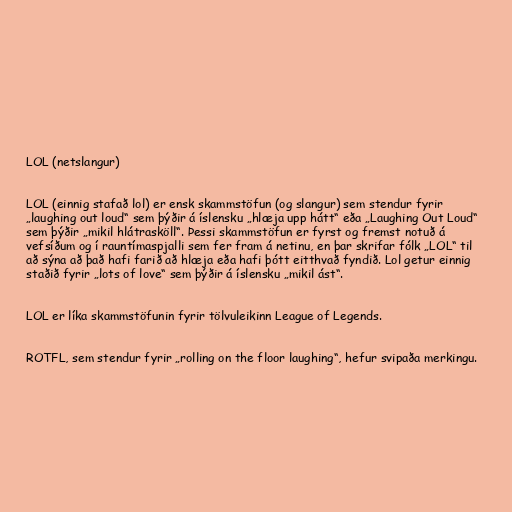
LOL (netslangur)

LOL (einnig stafað lol) er ensk skammstöfun (og slangur) sem stendur fyrir
„laughing out loud“ sem þýðir á íslensku „hlæja upp hátt“ eða „Laughing Out Loud“
sem þýðir „mikil hlátrasköll“. Þessi skammstöfun er fyrst og fremst notuð á
vefsíðum og í rauntímaspjalli sem fer fram á netinu, en þar skrifar fólk „LOL“ til
að sýna að það hafi farið að hlæja eða hafi þótt eitthvað fyndið. Lol getur einnig
staðið fyrir „lots of love“ sem þýðir á íslensku „mikil ást“.

LOL er líka skammstöfunin fyrir tölvuleikinn League of Legends.

ROTFL, sem stendur fyrir „rolling on the floor laughing“, hefur svipaða merkingu.